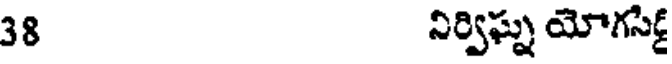
38 నిర్విఘ్న యోగసిడ